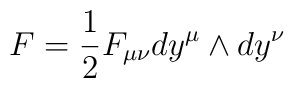
F= {1 \over 2} F_{\mu\nu} dy^\mu \wedge dy^\nu